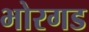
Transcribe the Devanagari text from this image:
भोरगड